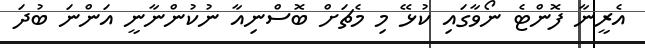
އެރީނާ ފޮންޓެ ނޯވާގައި ކުޅޭ މި މެޗަށް ބޮސްނިއާ ނުކުންނާނީ އަންނަ ބުދަ